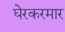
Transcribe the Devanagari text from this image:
घेरकरमार